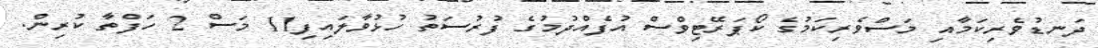
ދަނޑުވެރިކަމާއި މަސްވެރިކަމުގެ ކޯޕަރޭޓިވްސް އުފެއްދުމުގެ ފުުރުސަތު ހުޅުވާލައިފި11 މަސް 2 ހަފްތާ ކުރިން.